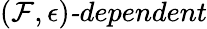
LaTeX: (\mathcal{F},\epsilon)\textit{-dependent}